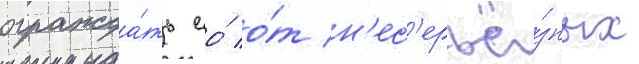
огражда́ть ео́ о́т н'ес'ерьё́зных